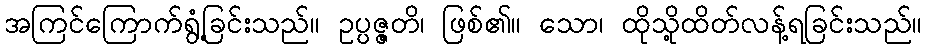
အကြင်ကြောက်ရွံ့ခြင်းသည်။ ဥပ္ပဇ္ဇတိ၊ ဖြစ်၏။ သော၊ ထိုသို့ထိတ်လန့်ရခြင်းသည်။